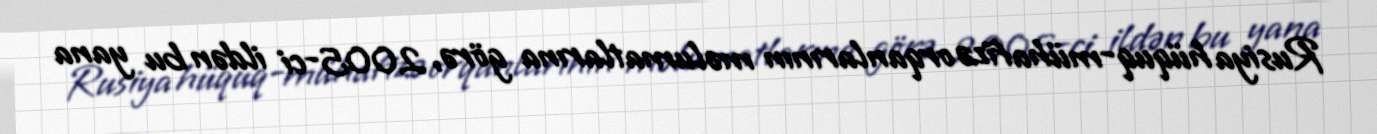
Rusiya hüquq-mühafizə orqanlarının məlumatlarına görə, 2005-ci ildən bu yana